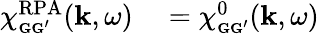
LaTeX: \begin{array}{rl}{\chi_{\scriptscriptstyle\mathbf G\mathbf G^{\prime}}^{\mathrm{RPA}}(\mathbf k,\omega)}&{{}=\chi_{\scriptscriptstyle\mathbf G\mathbf G^{\prime}}^{0}(\mathbf k,\omega)}\end{array}